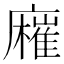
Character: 𢋬